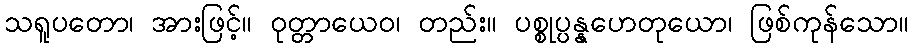
သရူပတော၊ အားဖြင့်။ ဝုတ္တာယေဝ၊ တည်း။ ပစ္စုပ္ပန္နဟေတုယော၊ ဖြစ်ကုန်သော။